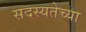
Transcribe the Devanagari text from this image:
सदस्यतेच्या